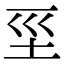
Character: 坙